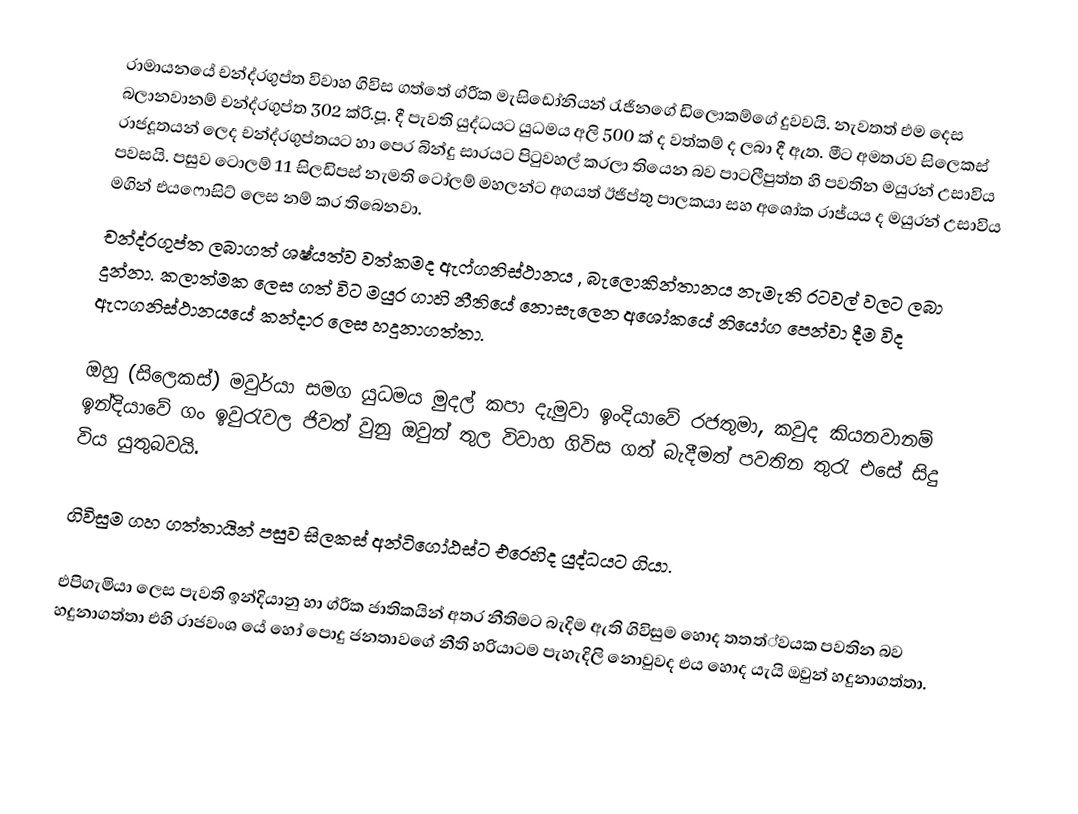
රාමායනයේ චන්ද්රගුප්ත විවාහ ගිවිස ගත්තේ ග්රීක මැසිඩෝනියන් රැජිනගේ ඩිලොකම්ගේ දුවවයි. නැවතත් එම   දෙස බලානවානම් චන්ද්රගුප්ත 302 ක්රි.පූ. දී පැවති  යුද්ධයට යුධමය අලි 500 ක් ද වත්කම් ද ලබා දී ඇත. මීට අමතරව සිලෙකස් රාජදූතයන් ලෙද චන්ද්රගුප්තයට හා පෙර බින්දු සාරයට පිටුවහල් කරලා තියෙන බව පාටලීපුත්ත හි පවතින මයුරන් උසාවිය පවසයි. පසුව ටොලම් 11 සිලඩිපස් නැමති ටෝලම් මහලන්ට අගයත් ඊජිප්තු පාලකයා සහ අශෝක රාජ්යය ද මයුරන් උසාවිය මගින් එයෆොසිට් ලෙස නම් කර තිබෙනවා.
චන්ද්රගුප්ත ලබාගත් ශෂ්යත්ව වත්කමද ඇෆ්ගනිස්ථානය , බැලොකින්තානය නැමැති රටවල් වලට ලබා දුන්නා.  කලාත්මක ලෙස ගත් විට මයුර ගාහි නීතියේ නොසැලෙන අශෝකයේ නියෝග පෙන්වා දීම විද ඇෆගනිස්ථානයයේ කන්දාර ලෙස හදුනාගත්තා.

ඔහු (සිලෙකස්) මවුර්යා සමග යුධමය මුදල් කපා දැමුවා ඉංදියාවේ රජතුමා, කවුද කියනවානම් ඉන්දියාවේ ගං ඉවුරැවල  ජිවත් වුනු ඔවුන් තුල විවාහ ගිවිස ගත් බැදීමත් පවතින තුරැ එසේ සිදු විය යුතුබවයි.

ගිවිසුම ගහ ගත්තායින් පසුව සිලකස් අන්ටිගෝඨස්ට එරෙහිද යුද්ධයට ගියා.

එපිගැමියා ලෙස පැවති ඉන්දියානු හා ග්රීක ජාතිකයින් අතර නීතිමට බැදිම ඇති ගිවිසුම හොද තතත්්වයක පවතින බව හදුනාගත්තා එහි රාජවංශ යේ හෝ පොදු ජනතාවගේ නීති හරියාටම පැහැදිලි නොවුවද එය හොද යැයි ඔවුන් හදුනාගත්තා.